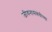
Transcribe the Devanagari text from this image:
जीवनासंबंधीच्या